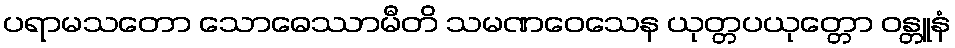
ပရာမသတော သောဓေဿာမီတိ သမဏဝေသေန ယုတ္တပယုတ္တော ဝန္တူနံ